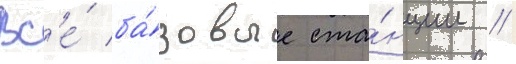
Вс'е́ ба́зовые ста́нции /